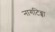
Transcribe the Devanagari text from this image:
नागटिब्बा